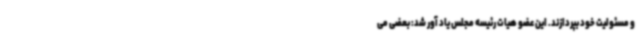
و مسئولیت خود بپردازند. این عضو هیات رئیسه مجلس یاد آور شد: بعضی می